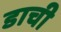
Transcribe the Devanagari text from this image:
डाची